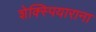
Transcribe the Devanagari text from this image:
शेक्स्पियाराना